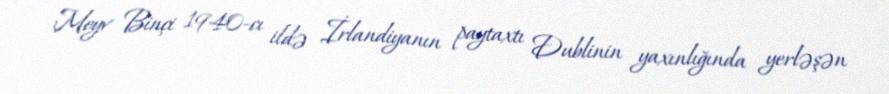
Meyv Binçi 1940-cı ildə İrlandiyanın paytaxtı Dublinin yaxınlığında yerləşən